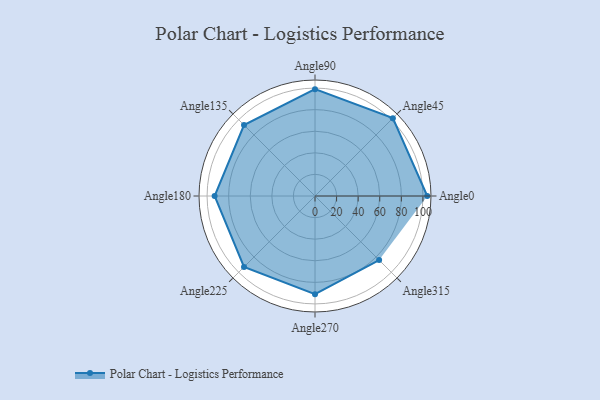
{"axis": {"x": "Angle", "y": "Radius"}, "legend": [""], "data": [{"x": "Angle0", "y": 104.0, "type": ""}, {"x": "Angle45", "y": 102.0, "type": ""}, {"x": "Angle90", "y": 99.0, "type": ""}, {"x": "Angle135", "y": 93.0, "type": ""}, {"x": "Angle180", "y": 93.0, "type": ""}, {"x": "Angle225", "y": 93.0, "type": ""}, {"x": "Angle270", "y": 91.0, "type": ""}, {"x": "Angle315", "y": 84.0, "type": ""}]}